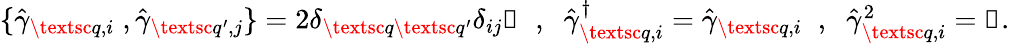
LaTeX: \begin{array}{r}{\{ \hat{\gamma}_{\textsc{q},i}\; ,\hat{\gamma}_{\textsc{q}^{\prime},j}\} =2\delta_{\textsc{q}\textsc{q}^{\prime}}\delta_{ij}\mathbb{1}\; \; ,\; \; \hat{\gamma}_{\textsc{q},i}^{\dagger}=\hat{\gamma}_{\textsc{q},i}\; \; ,\; \; \hat{\gamma}_{\textsc{q},i}^{2}=\mathbb{1}.}\end{array}